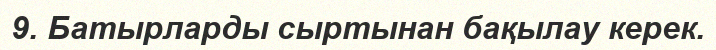
9. Батырларды сыртынан бақылау керек.